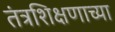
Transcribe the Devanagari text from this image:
तंत्रशिक्षणाच्या